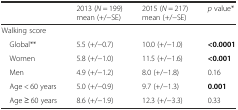
|  | 2013 (N = 199)mean (+/−SE) | 2015 (N = 217)mean (+/−SE) | p value* |
 | --- | --- | --- | --- |
 | <COLSPAN=4> Walking score |
 | Global** | 5.5 (+/−0.7) | 10.0 (+/−1.0) | <0.0001 |
 | Women | 5.8 (+/−1.0) | 11.5 (+/−1.6) | <0.001 |
 | Men | 4.9 (+/−1.2) | 8.0 (+/−1.8) | 0.16 |
 | Age < 60 years | 5.0 (+/−0.9) | 9.7 (+/−1.3) | 0.001 |
 | Age ≥ 60 years | 8.6 (+/−1.9) | 12.3 (+/−3.3) | 0.33 |